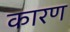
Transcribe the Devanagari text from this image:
कारण